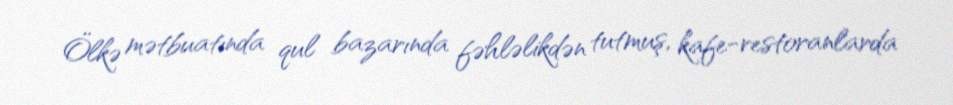
Ölkə mətbuatında qul bazarında fəhləlikdən tutmuş, kafe-restoranlarda